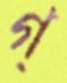
গ্